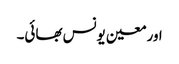
اور معین یونس بھائی۔